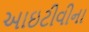
આઇટીવીના